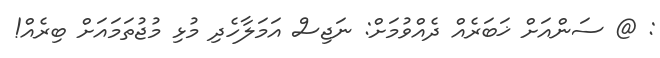
: @ ސަންއަށް ޚަބަރެއް ދެއްވުމަށް: ނަޖިސް އަމަލާހެދި މުޅި މުޖުތަމައަށް ބިރެއް!